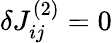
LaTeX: \delta J_{ij}^{(2)}=0